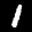
Label: 1